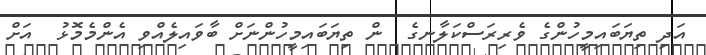
އަދި ތިޔަބައިމީހުންގެ ވެރިރަސްކަލާނގެ  ން ތިޔަބައިމީހުންނަށް ބާވައިލެއްވި އެންމެމޮޅު  އަށް